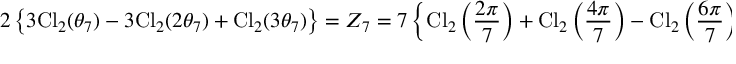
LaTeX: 2 \left\{ 3 \mathrm { C l } _ { 2 } ( \theta _ { 7 } ) - 3 \mathrm { C l } _ { 2 } ( 2 \theta _ { 7 } ) + \mathrm { C l } _ { 2 } ( 3 \theta _ { 7 } ) \right\} = Z _ { 7 } = 7 \left\{ \mathrm { C l } _ { 2 } \left( \frac { 2 \pi } { 7 } \right) + \mathrm { C l } _ { 2 } \left( \frac { 4 \pi } { 7 } \right) - \mathrm { C l } _ { 2 } \left( \frac { 6 \pi } { 7 } \right) \right\}